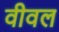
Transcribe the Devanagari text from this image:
वीवल